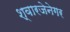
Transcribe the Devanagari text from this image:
श्वारजेनेगर